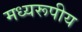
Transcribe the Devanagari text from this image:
मध्यरूपीय